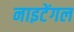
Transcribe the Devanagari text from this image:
नाइटेंगल